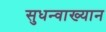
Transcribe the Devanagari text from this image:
सुधन्वाख्यान